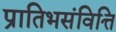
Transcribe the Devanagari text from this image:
प्रातिभसंवित्ति